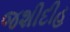
જશીદીહ